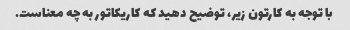
با توجه به کارتون زیر، توضیح دهید که کاریکاتور به چه معناست.